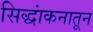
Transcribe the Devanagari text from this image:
सिद्धांकनातून